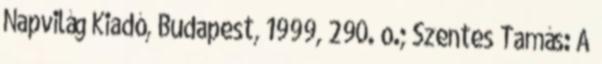
Napvilág Kiadó, Budapest, 1999, 290. o.; Szentes Tamás: A